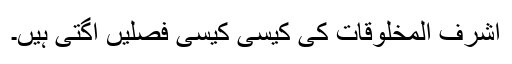
اشرف المخلوقات کی کیسی کیسی فصلیں اُگتی ہیں۔